system: You are a helpful assistant.
user:
Analyze the provided spectrum to determine if it is a **Carbon Star (C-type)**.

- **Key Visual Indicators of Carbon Star:**
    - **(Primary):** Strong molecular absorption from **C₂ (diatomic carbon) "Swan Bands."** This is the **defining feature** of a carbon star.
        - **(Key Bandheads):** Sharp absorption edges are visible at approximately $5635$ Å, $5165$ Å (the strongest band), and $4737$ Å.
        - **(Line Profile):** Creates a distinct **"saw-tooth"** pattern. The key morphology is a sharp, steep bandhead on the **red (long-wavelength) side**, which then gradually tapers off (i.e., flux recovers) towards the **blue (short-wavelength) side**. *(This is the direct opposite of the TiO bands seen in M-type stars)*.

    - **(Secondary):** Intense **CN (cyanogen)** molecular absorption bands.
        - **(Key Bandheads):** Located in the blue and violet regions of the spectrum (e.g., near $4215$ Å and $3883$ Å).
        - **(Morphology):** These bands are extremely broad and act as a "blanket," absorbing the vast majority of blue and violet light. This creates a characteristic **"cliff"** or **"steep drop-off"** in the spectrum's flux at short wavelengths.

    - **(Key Confirmation):** Strong **CH absorption band (G-band)**.
        - **(Key Bandhead):** Located around $4300$ Å. The contribution from CH molecules to this band is exceptionally strong.

    - **(Overall Spectrum):**
        - The continuum is severely "chopped up" by these deep molecular bands, especially C₂, rather than appearing as a smooth curve.
        - Due to the heavy CN and C₂ absorption in the blue-green, the vast majority of the star's flux is concentrated in the red part of the spectrum, giving the star its characteristic deep red color.

Think first, call **spectral_visualization_tool** if needed to examine features in detail, then provide your final answer. Your response must adhere to the following strict rules:
1.  **Overall Structure:** Your response must follow the format `<think>...</think> <tool_call>...</tool_call> (if a tool is used) <answer>...</answer>`.
2.  **Tool Usage Constraint:** You may only make **one** tool call per turn.
3.  **Final Answer Format:** In the `<answer>` tag, your conclusion must be inside a `\boxed{}` command (e.g., `\boxed{YES}`), followed by your justification.

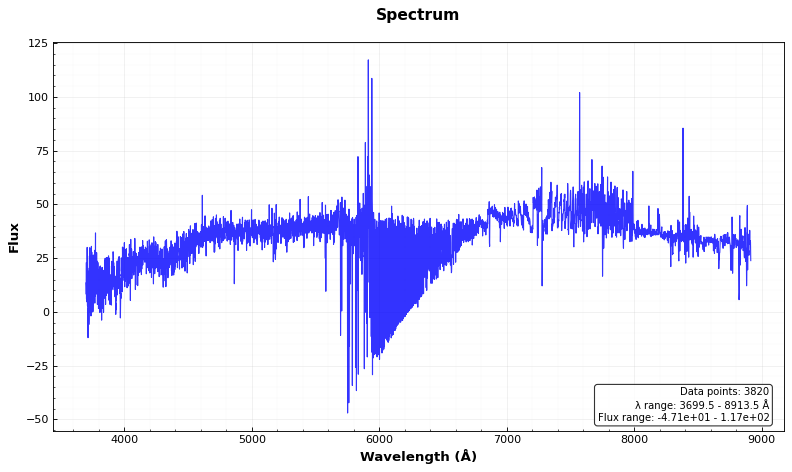
Answer: NO